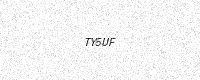
Text: TY5UF